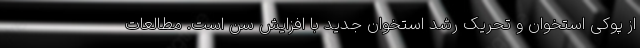
از پوکی استخوان و تحریک رشد استخوان جدید با افزایش سن است. مطالعات